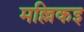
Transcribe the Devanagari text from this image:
मल्लिकइ